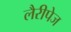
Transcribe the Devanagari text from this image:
लैरीपेज